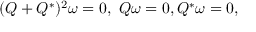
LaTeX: ( Q + Q ^ { * } ) ^ { 2 } \omega = 0 , \ Q \omega = 0 , Q ^ { * } \omega = 0 ,